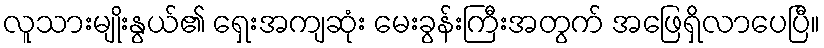
လူသားမျိုးနွယ်၏ ရှေးအကျဆုံး မေးခွန်းကြီးအတွက် အဖြေရှိလာပေပြီ။